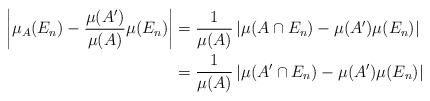
\begin{align*}\left|\mu_A(E_n)-\frac{\mu(A')}{\mu(A)}\mu(E_n)\right|&=\frac1{\mu(A)}\left|\mu(A\cap E_n)-\mu(A')\mu(E_n)\right|\\&=\frac1{\mu(A)}\left|\mu(A'\cap E_n)-\mu(A')\mu(E_n)\right|\end{align*}